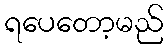
ရပေတော့မည်